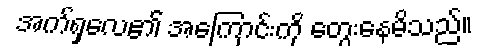
အက်ရှလေ၏ အကြောင်းကို တွေးနေမိသည်။